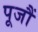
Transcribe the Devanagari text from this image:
पूजौं